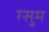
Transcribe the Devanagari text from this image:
ग्सुम